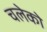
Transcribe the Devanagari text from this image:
चलेको